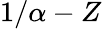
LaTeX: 1/\alpha-Z